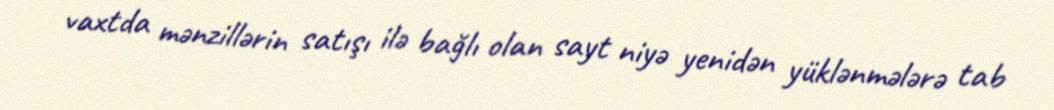
vaxtda mənzillərin satışı ilə bağlı olan sayt niyə yenidən yüklənmələrə tab